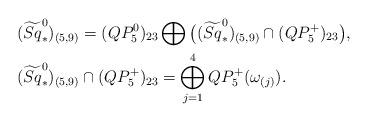
LaTeX: \begin{align*}&(\widetilde{Sq}^0_*)_{(5,9)} = (QP_5^0)_{23}\bigoplus \big((\widetilde{Sq}^0_*)_{(5,9)}\cap (QP_5^+)_{23}\big),\\&(\widetilde{Sq}^0_*)_{(5,9)}\cap (QP_5^+)_{23} = \bigoplus_{j=1}^4 QP_5^+(\omega_{(j)}).\end{align*}